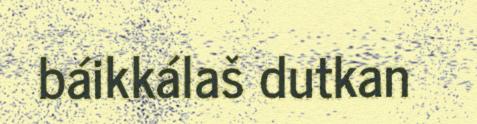
báikkálaš dutkan